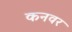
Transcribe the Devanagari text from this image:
कनवर